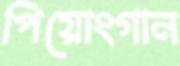
পিয়োংগান